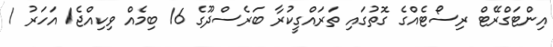
އިންޓަގްރޭޓް ރިސޯޓެއްގެ ގޮތުގައި ތަރައްގީކުރާ ބަރެސްދޫގެ 16 ބިމެއް ވިކިއްޖެ1 އަހަރު 1